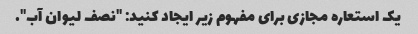
یک استعاره مجازی برای مفهوم زیر ایجاد کنید: "نصف لیوان آب".